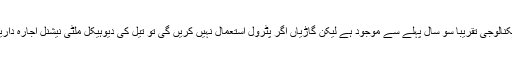
الیکٹرک کار کی ٹیکنالوجی تقریباً سو سال پہلے سے موجود ہے لیکن گاڑیاں اگر پٹرول استعمال نہیں کریں گی تو تیل کی دیوہیکل ملٹی نیشنل اجارہ داریاں کہاں جائیں گی؟